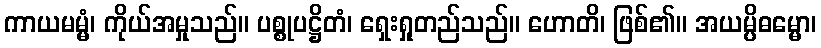
ကာယမမ္မံ၊ ကိုယ်အမှုသည်။ ပစ္စုပဋ္ဌိတံ၊ ရှေးရှုတည်သည်။ ဟောတိ၊ ဖြစ်၏။ အယမ္ပိဓမ္မော၊